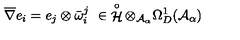
\overline { { \nabla } } e _ { i } = e _ { j } \otimes \bar { \omega } _ { i } ^ { j } \ \in \displaystyle \mathop { { \mathcal H } } ^ { \circ } \otimes _ { { \mathcal A } _ { \alpha } } \Omega _ { D } ^ { 1 } ( { \mathcal A } _ { \alpha } )